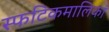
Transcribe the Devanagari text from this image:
स्फटिकमालिकां